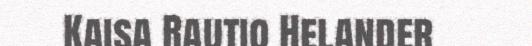
Kaisa Rautio Helander